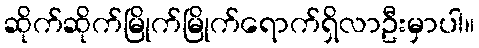
ဆိုက်ဆိုက်မြိုက်မြိုက်ရောက်ရှိလာဦးမှာပါ။